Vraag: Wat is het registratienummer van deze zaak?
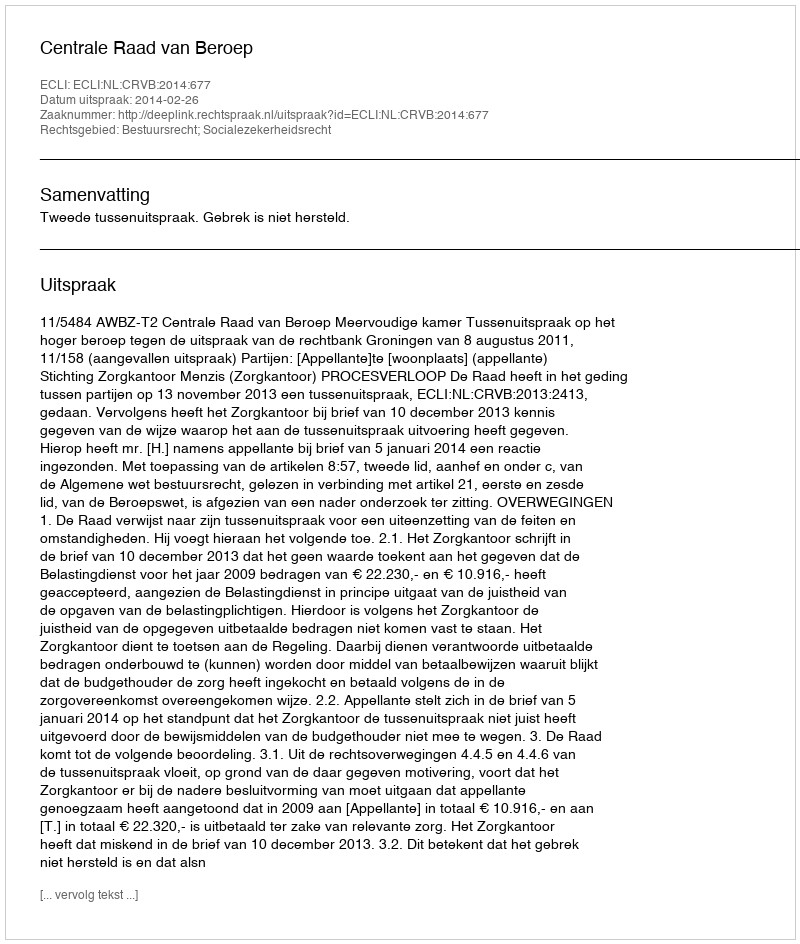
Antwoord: http://deeplink.rechtspraak.nl/uitspraak?id=ECLI:NL:CRVB:2014:677